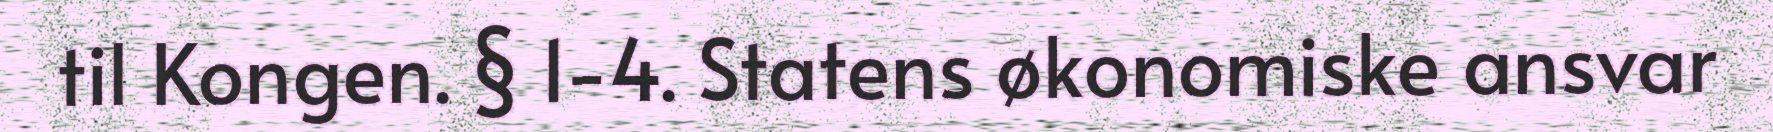
til Kongen. § 1-4. Statens økonomiske ansvar